Madras plague regulations in force outside the Presidency town - Volume 3
Disease focus: Plague
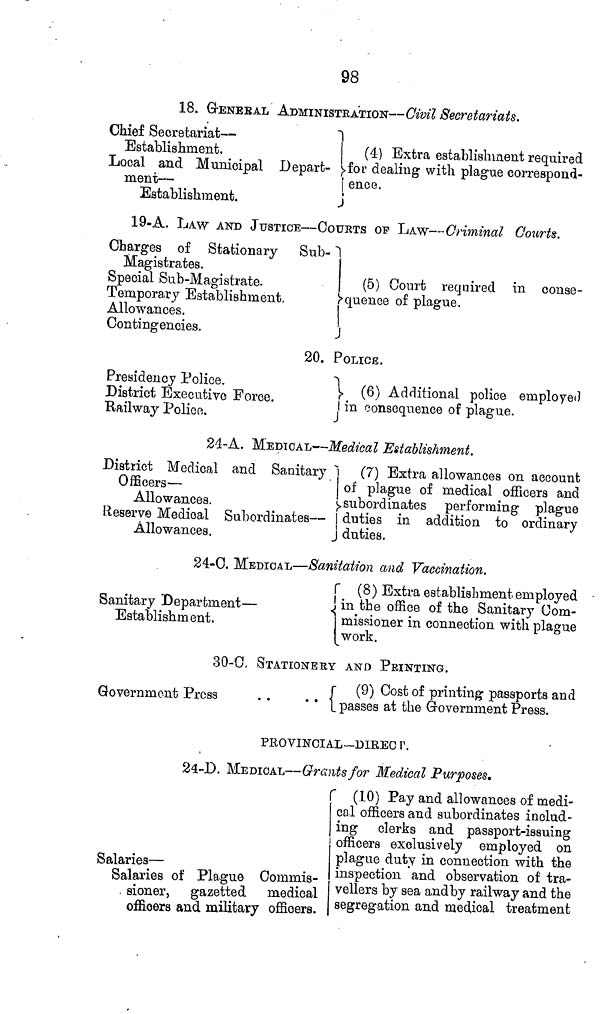
98
18. GENERAL ADMINISTRATION—Civil Secretariats.
Chief Secretariat —
Establishment.
Local and Municipal Depart-
ment —
Establishment.
(4) Extra establishment required
for dealing with plague correspond-
ence.
19-A. LAW AND JUSTICE — COURTS OP LAW — Criminal Courts.
Charges of Stationary
Sub-
Magistrates.
Special Sub-Magistrate.
Temporary Establishment,
Allowances.
Contingencies.
(5) Court required in conse-
quence of plague.
20. POLICE.
Presidency Police.
District Executive Force.
Railway Police.
(6) Additional police employed
in consequence of plague.
24-A. MEDICAL — Medical Establishment.
District Medical and Sanitary
Officers —
Allowances.
Reserve Medical Subordinates —
Allowances.
(7) Extra allowances on account
of plague of medical officers and
subordinates performing plague
duties in addition to ordinary
duties.
24-0. MEDICAL — Sanitation and Vaccination.
Sanitary Department —
Establishment.
(8) Extra establishment employed
in the office of the Sanitary Com-
missioner in connection with plague
work.
30-C. STATIONERY AND FEINTING.
Government Press
(9) Cost of printing passports and
passes at the Government Press.
PROVINCIAL—DIKEC I 1 .
24-D. MEDICAL—Grants for Medical Purposes»
Salaries —
Salaries of Plague Coinmis-
. sioner, gazetted
medical
officers and military officers.
(10) Pay and allowances of medi-
cal officers and subordinates includ-
ing clerks and passport-issuing
officers exclusively employed on
plague duty in connection with the
inspection and observation of tra-
vellers by sea andby railway and the
segregation and medical treatment